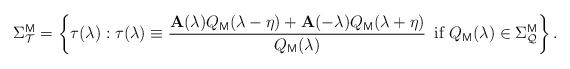
LaTeX: \begin{align*}\Sigma _{\mathcal{T}}^{\mathsf{M}}=\left\{ \tau (\lambda ):\tau (\lambda)\equiv \frac{\mathbf{A}(\lambda )Q_{\mathsf{M}}(\lambda -\eta )+\mathbf{A}(-\lambda )Q_{\mathsf{M}}(\lambda +\eta )}{Q_{\mathsf{M}}(\lambda )}\text{\, if }Q_{\mathsf{M}}(\lambda )\in \Sigma _{\mathcal{Q}}^{\mathsf{M}}\right\}.\end{align*}